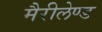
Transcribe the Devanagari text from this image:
मैरीलेण्ड